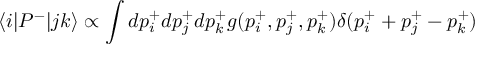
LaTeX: \langle i | P ^ { - } | j k \rangle \propto \int d p _ { i } ^ { + } d p _ { j } ^ { + } d p _ { k } ^ { + } g ( p _ { i } ^ { + } , p _ { j } ^ { + } , p _ { k } ^ { + } ) \delta ( p _ { i } ^ { + } + p _ { j } ^ { + } - p _ { k } ^ { + } )